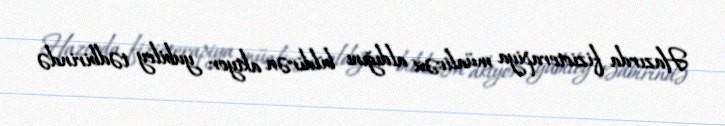
Hazırda fizioterapiya müalicəsi aldığını bildirən aktyor yubiley tədbirində